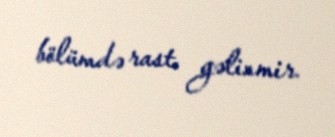
bölümdə rast gəlinmir.